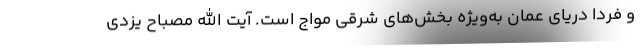
و فردا دریای عمان به‌ویژه بخش‌های شرقی مواج است. آیت الله مصباح یزدی